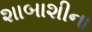
શાબાશીના